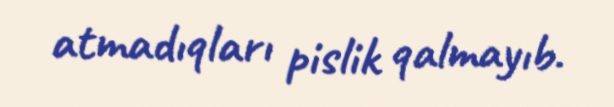
atmadıqları pislik qalmayıb.